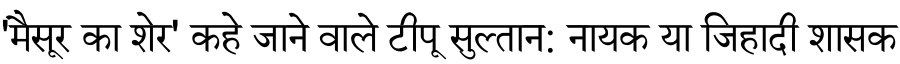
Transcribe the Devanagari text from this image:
'मैसूर का शेर' कहे जाने वाले टीपू सुल्तान: नायक या जिहादी शासक